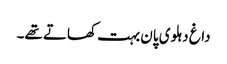
داغ دہلوی پان بہت کھاتے تھے۔